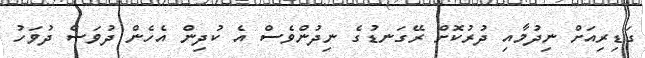
ގަޑިރިއަށް ނިދުމާއި ދުރުކޮށް ރޭގަނޑުގެ ނިދުންވެސް އެ ކުދިން އެހެން ދުވަސް ދުވަހު